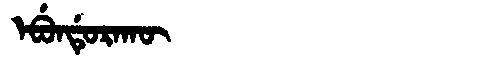
Manchu: ᡝᠪᡠᠨᡩᡠᡵᠠᡴᡡ
Romanization: EBUNDURAKŪ